Lunatic asylums United Prov. 1922-30 - 1922-1930
Year: 1922
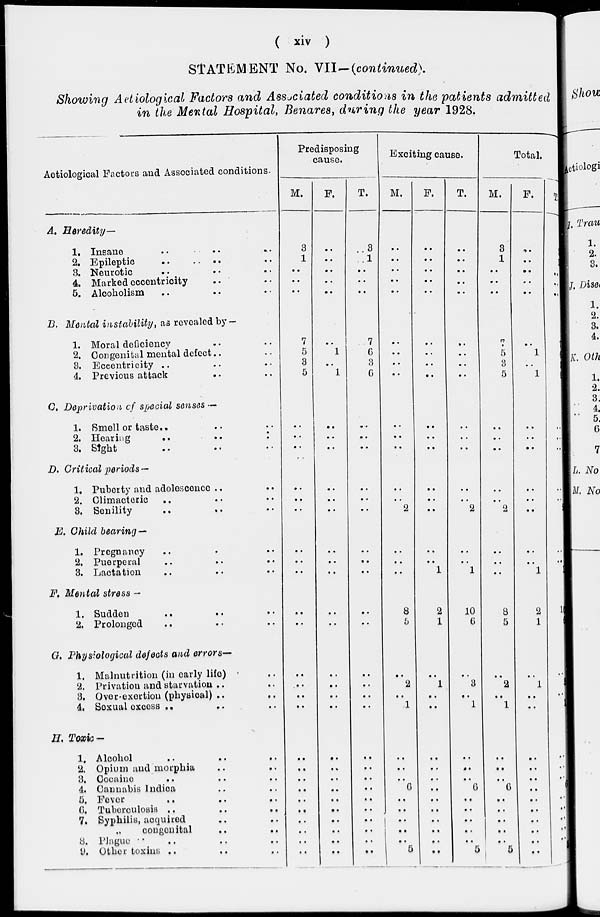
(
xiv
)
STATEMENT No. VII-(continued).
Showing Aetiological Factors and Associated conditions in the patients admitted
in the Mental Hospital, Benares, during the year 1928.
Aetiological Factors and Associated conditions.
A. Heredity—
1. Insane
..
..
..
2. Epileptic
..
.. ..
3. Neurotic .. .. ..
4. Marked eccentricity
.. ..
5. Alcoholism .. .. ..
B. Mental in stability, as revealed by -
1. Moral deficiency .. ..
2. Congenital mental defect .. ..
3. Eccentricity .. .. ..
4. Previous attack .. ..
C. Deprivation of special senses —
1. Smell or taste.. .. ..
2. Hearing
..
..
..
3. Sight .. ..
D. Critical periods —
1. Puberty and adolescence .. .. ..
2. Climacteric .. .. ..
3. Senility
.. .. ..
E. Child bearing —
1. Pregnancy .. .. ..
2. Puerperal .. .. ..
3. Lactation .. .. ..
F. Mental stress -
1. Sudden .. .. ..
2. Prolonged .. .. ..
G. Physiological defeats and errors—
1. Malnutrition (in carly life) ..
2. Privation and starvation .. ..
3. Over-exertion (physical) .. ..
4. Sexual excess .. .. ..
H. Toxic —
1. Alcohol .. .. ..
2. Opium and morphia .. ..
3. Cocaine .. ..
4. Cannabis Indica .. ..
5. Fever
.. .. ..
6. Tuberculosis ..
..
..
7. Syphilis, acquired .. ..
„
congenital .. ..
8. Plague .. .. .. ..
9. Other toxins .. .. ..
Predisposing
cause.
M.
3
1
..
..
..
7
5
3
5
..
..
..
..
..
..
..
..
..
..
..
..
..
..
..
..
..
..
..
..
..
..
..
..
..
F.
..
..
..
..
..
..
1
..
1
..
..
..
..
..
..
..
..
..
..
..
..
..
..
..
..
..
..
..
..
..
..
..
..
..
T.
3
1
..
..
..
7
6
3
6
..
..
..
..
..
..
..
..
..
..
..
..
..
..
..
..
..
..
..
..
..
..
..
..
..
Exciting cause.
M.
..
..
..
..
..
..
..
..
..
..
..
..
..
..
2
..
..
..
8
5
..
2
..
1
..
..
..
6
..
..
..
..
..
5
F.
..
..
..
..
..
..
..
..
..
..
..
..
..
..
..
..
..
1
2
1
..
1
..
..
..
..
..
..
..
..
..
..
..
..
T.
..
..
..
..
..
..
..
..
..
..
..
..
..
..
2
..
..
1
10
6
..
3
..
1
..
..
..
6
..
..
..
..
..
5
Total.
M.
3
1
..
..
..
7
5
3
5
..
..
..
..
..
2
..
..
..
8
5
..
2
..
1
..
..
..
6
..
..
..
..
..
5
F.
..
..
..
..
..
..
1
..
1
..
..
..
..
..
..
..
..
1
2
1
..
1
..
..
..
..
..
..
..
..
..
..
..
..
T.
3
1
..
..
..
7
6
3
6
..
..
..
..
..
2
..
..
1
10
6
..
3
..
1
..
..
..
6
..
..
..
..
..
5